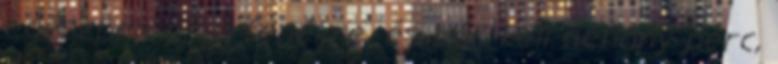
egészben ér a fenékre, és bár kell néhány perc,